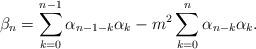
LaTeX: \begin{align*} \beta_n &= \sum_{k=0}^{n-1} \alpha_{n-1-k} \alpha_k -m^2 \sum_{k=0}^n \alpha_{n-k} \alpha_k .\end{align*}